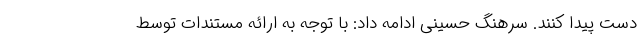
دست پیدا کنند. سرهنگ حسینی ادامه داد: با توجه به ارائه مستندات توسط